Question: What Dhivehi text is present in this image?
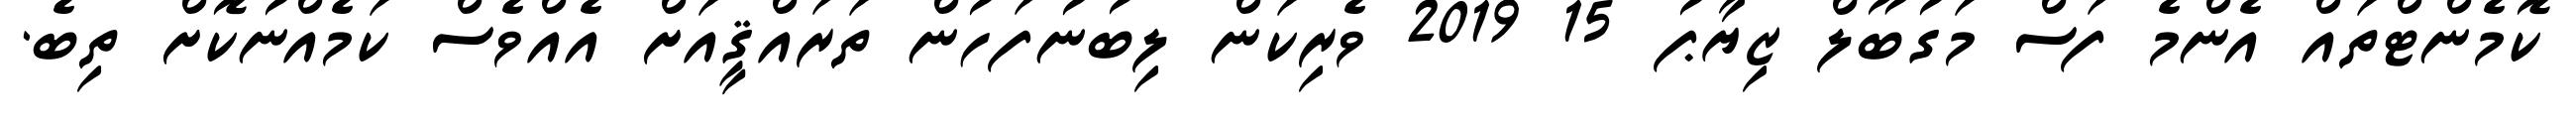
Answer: ކޮމެންޓްތައް އެންމެ ފަސް މަގުބޫލް ޒިޔާޕު 15 2019 ވެރިކަން ލިބުނުފަހުން ތަރައްޤީއަށް އެއްވެސް ކަމެއްނުކޮށް ތިބެ.